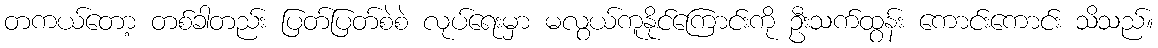
တကယ်တော့ တစ်ခါတည်း ပြတ်ပြတ်စဲစဲ လုပ်ရေးမှာ မလွယ်ကူနိုင်ကြောင်းကို ဦးသက်ထွန်း ကောင်းကောင်း သိသည်။